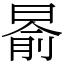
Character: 𣈯